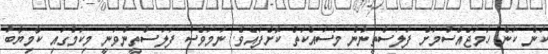
ކަން ކަން ހަމަޖެއްސުމަށް ފަލަސްތީނުން މަސައްކަތް ކޮށްފައެވެ. ނަމަވެސް ފަލަސްތީންވަނީ މިކަމުގައި ކާމިޔާބު